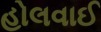
હોલવાઈ